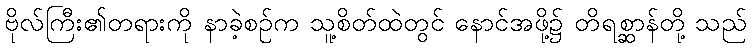
ဗိုလ်ကြီး၏တရားကို နာခဲ့စဉ်က သူ့စိတ်ထဲတွင် နောင်အဖို့၌ တိရစ္ဆာန်တို့ သည်